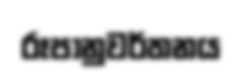
රූපානුවර්තනය